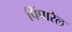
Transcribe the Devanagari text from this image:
पिंपारेल